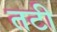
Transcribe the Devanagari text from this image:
तटी